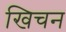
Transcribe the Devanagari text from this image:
खिचन